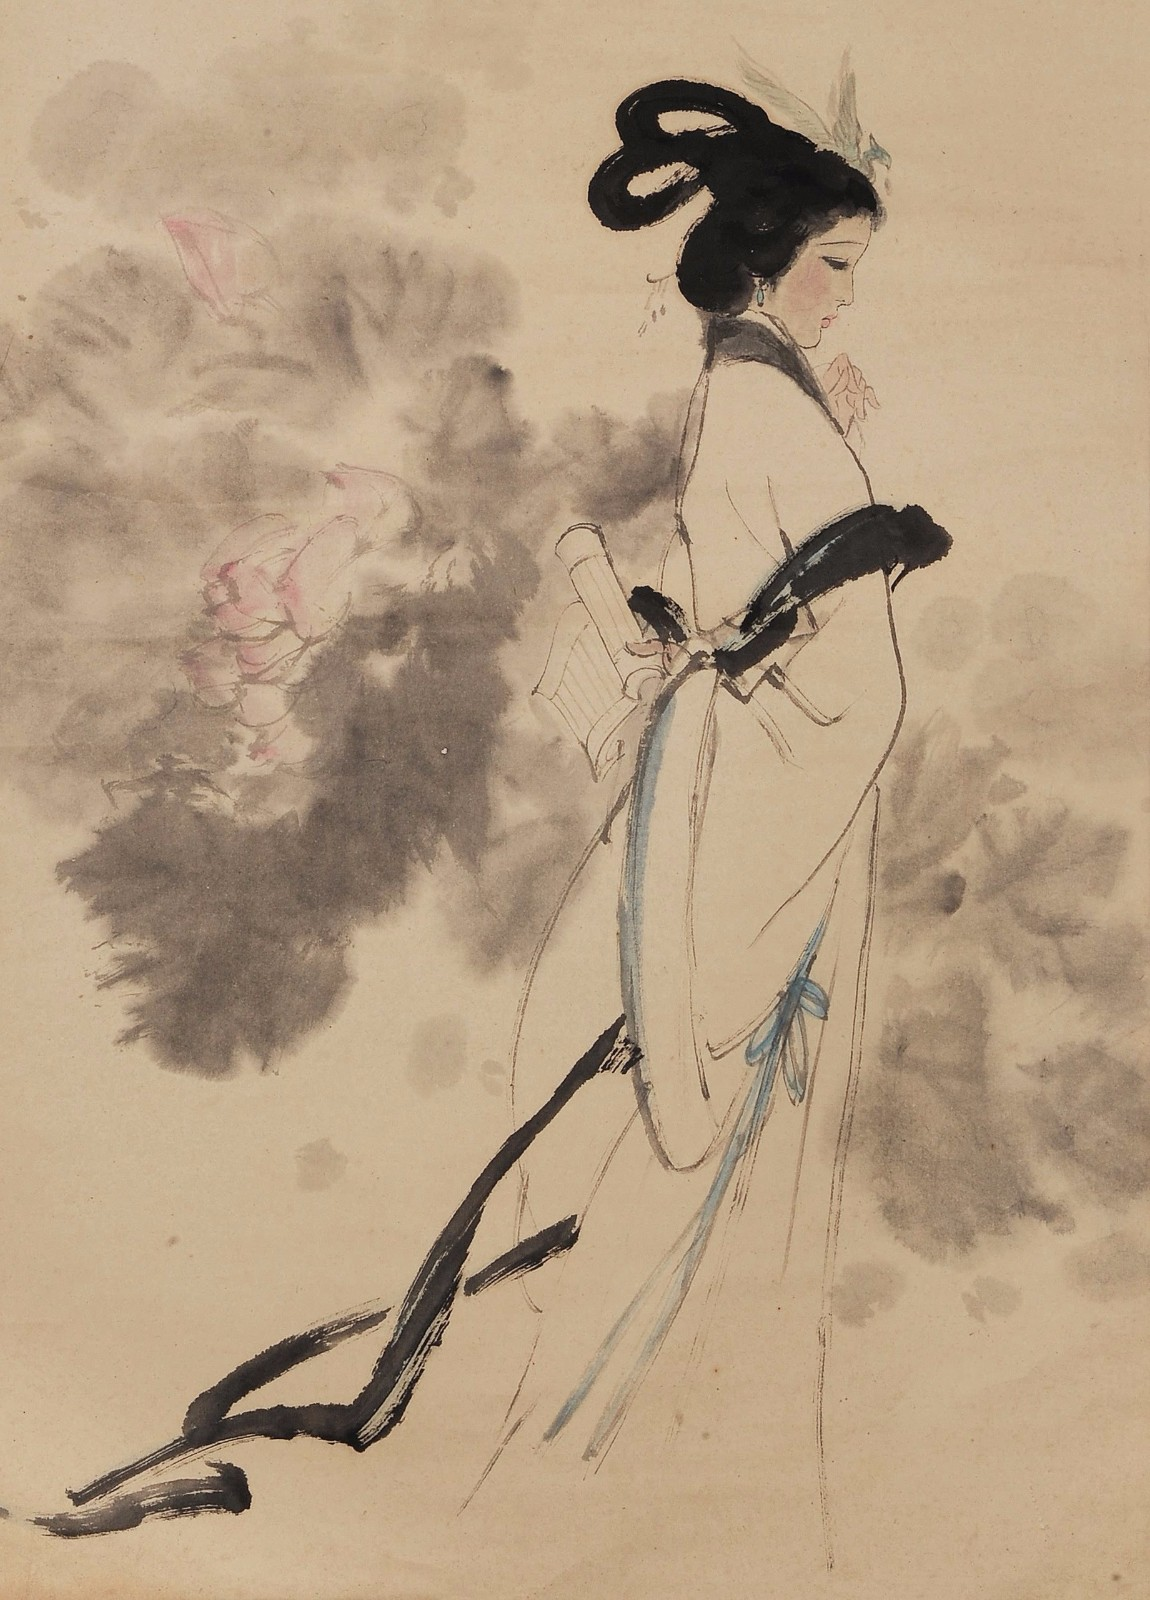
小轩独坐相思处，情绪好无聊。